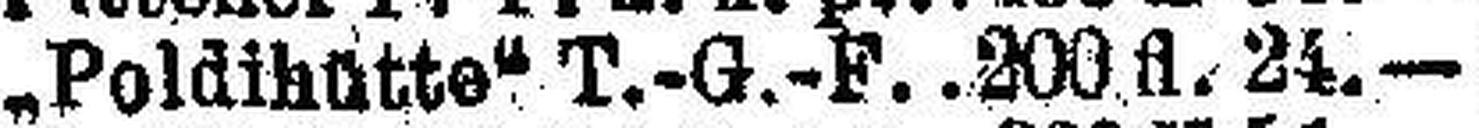
„Poldihütte" T.-G.-F. 200 fl. 24.—